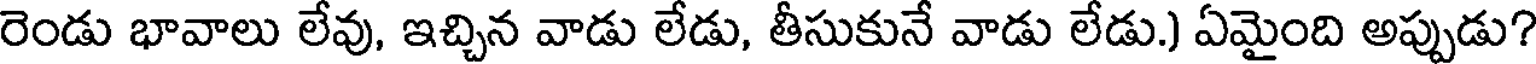
రెండు భావాలు లేవు, ఇచ్చిన వాడు లేడు, తీసుకునే వాడు లేడు.) ఏమైంది అప్పుడు?